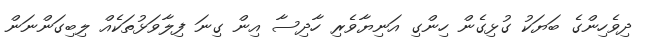
ދިވެހިންގެ ބަޔަކު ގުޅިގެން ހިންގި އަނިޔާވެރި ހާދިސާ އިން ގިނަ ފިލާވަޅުތަކެއް ލިބިގަންނަން